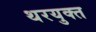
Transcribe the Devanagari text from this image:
थरयुक्त